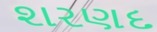
શરણદ